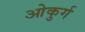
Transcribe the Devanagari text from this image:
ओकुर्ग